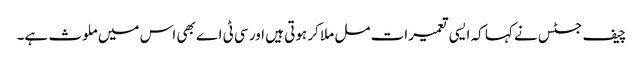
چیف جسٹس نے کہا کہ ایسی تعمیرات مل ملا کر ہوتی ہیں اور سی ٹی اے بھی اس میں ملوث ہے۔